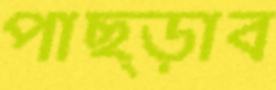
পাছ্‌ড়াব